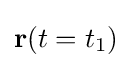
\mathbf {r} (t=t_{1})